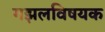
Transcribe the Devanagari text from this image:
गझलविषयक